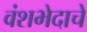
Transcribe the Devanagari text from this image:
वंशभेदाचे